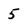
Character: 5